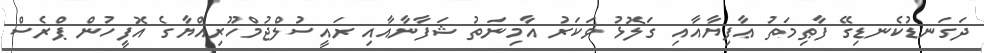
ދަގަނޑުކެނޑިގޭ ފާޠިމަތު ޢާފިޔާއާއި ގަލޮޅު ވަކަރު އާމިނަތު ޝަފާނާއާއި ރައީސުލްޖުމްހޫރިއްޔާގެ އޮފީހުން ޕްރެސް